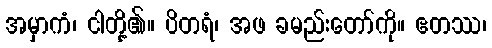
အမှာကံ၊ ငါတို့၏။ ပိတရံ၊ အဖ ခမည်းတော်ကို။ ဧတဿ၊